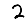
Digit: 2